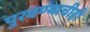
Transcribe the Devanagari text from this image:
पुरवण्याचीही